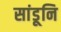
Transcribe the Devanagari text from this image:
सांडूनि